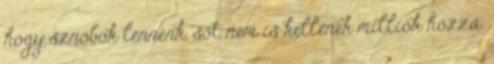
hogy sznobok lennénk, sőt, nem is kellenek milliók hozzá.